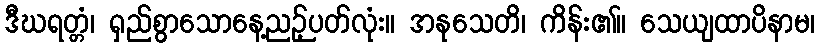
ဒီဃရတ္တံ၊ ရှည်စွာသောနေ့ညဉ့်ပတ်လုံး။ အနုသေတိ၊ ကိန်း၏။ သေယျထာပိနာမ၊